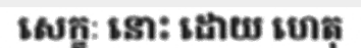
សេក្ខៈ នោះ ដោយ ហេតុ